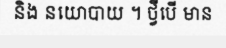
និង នយោបាយ ។ ថ្វីបើ មាន